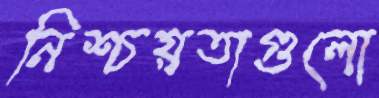
নিশ্চয়তাগুলো